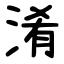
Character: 淆